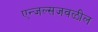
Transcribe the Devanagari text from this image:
एन्जल्सजवळील